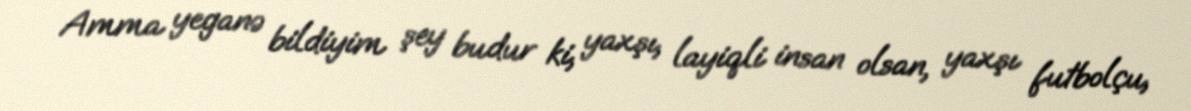
Amma yeganə bildiyim şey budur ki, yaxşı, layiqli insan olsan, yaxşı futbolçu,